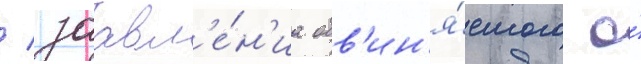
/ заавл'е́н'иа обв'ин'я́емого о́